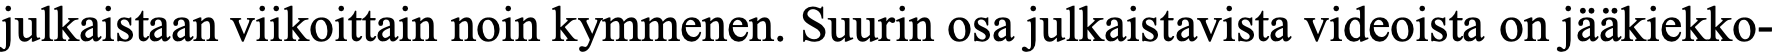
julkaistaan viikoittain noin kymmenen. Suurin osa julkaistavista videoista on jääkiekko-